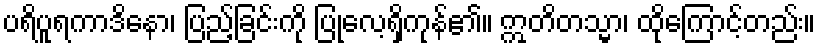
ပရိပူရကာဒိနော၊ ပြည့်ခြင်းကို ပြုလေ့ရှိကုန်၏။ ဣတိတသ္မာ၊ ထိုကြောင့်တည်း။